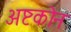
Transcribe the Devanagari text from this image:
अष्टकोन